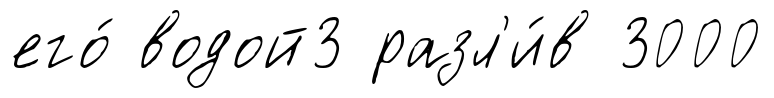
его́ водой3 разл'и́в 3000